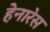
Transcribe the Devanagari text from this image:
हेनारेस